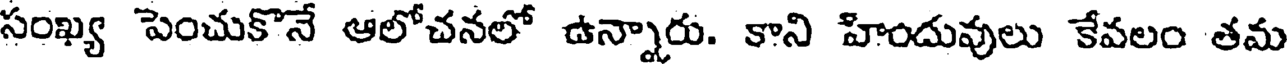
సంఖ్య పెంచుకొనే ఆలోచనలో ఉన్నారు. కాని హిందువులు కేవలం తమ